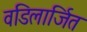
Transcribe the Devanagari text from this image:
वडिलार्जित